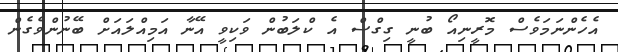
އެހެންނަމަވެސް މޮރީނިއޯ ބުނީ ގިގްސް އެ ކްލަބުން ވަކިވީ އޭނާ އަމިއްލައަށް ބޭނުންވެގެން